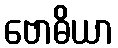
ဗောဓိယာ